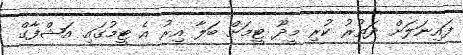
ފައިނަލަށް ދަތުރު ކުރި މީދޫ ޓީމަށް ބަލާ އިރު އެ ޓީމުގައި އަޝްފާގް